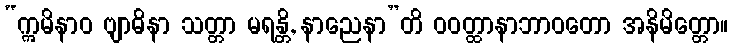
“ဣမိနာဝ ဗျာဓိနာ သတ္တာ မရန္တိ, နာညေနာ”တိ ဝဝတ္ထာနာဘာဝတော အနိမိတ္တော။